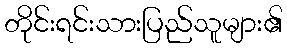
တိုင်းရင်းသားပြည်သူများ၏